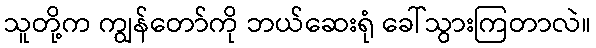
သူတို့က ကျွန်တော်ကို ဘယ်ဆေးရုံ ခေါ်သွားကြတာလဲ။